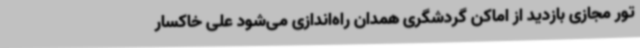
تور مجازی بازدید از اماکن گردشگری همدان راه‌اندازی می‌شود علی خاکسار